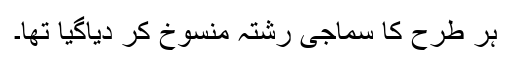
ہر طرح کا سماجی رشتہ منسوخ کر دیاگیا تھا۔